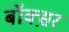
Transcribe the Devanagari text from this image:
बॉक्स़र